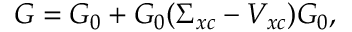
G = G _ { 0 } + G _ { 0 } ( \Sigma _ { x c } - V _ { x c } ) G _ { 0 } ,